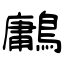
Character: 鷛